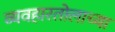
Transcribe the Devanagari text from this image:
व्यवहारतोलाच्या